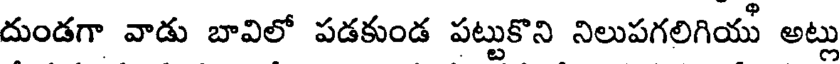
దుండగా వాడు బావిలో పడకుండ పట్టుకొని నిలుపగలిగియు అట్లు